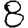
Digit: 8